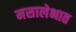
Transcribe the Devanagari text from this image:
मसालेभात